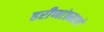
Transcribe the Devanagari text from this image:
हरीणांप्रमाणे